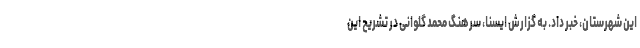
این شهرستان، خبر داد. به گزارش ایسنا، سرهنگ محمد گلوانی در تشریح این